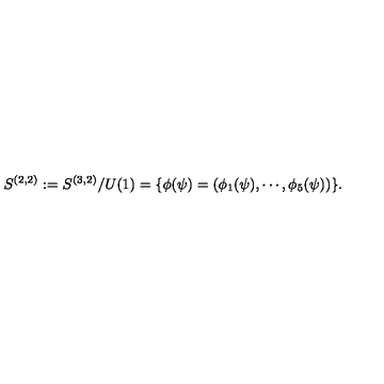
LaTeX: S ^ { ( 2 , 2 ) } : = S ^ { ( 3 , 2 ) } / U ( 1 ) = \{ \phi ( \psi ) = ( \phi _ { 1 } ( \psi ) , \cdots , \phi _ { 5 } ( \psi ) ) \} .